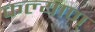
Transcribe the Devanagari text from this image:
कल्याण्